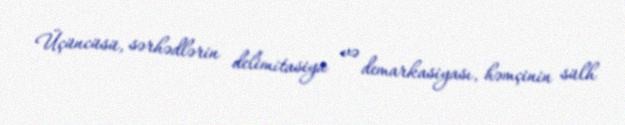
Üçüncüsü, sərhədlərin delimitasiya və demarkasiyası, həmçinin sülh